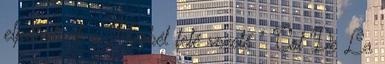
eljuthatunk a Merbél felé vezető " Col De La